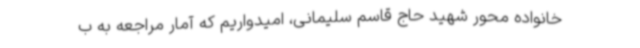
خانواده محور شهید حاج قاسم سلیمانی، امیدواریم که آمار مراجعه به ب